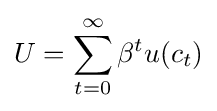
U=\sum _{t=0}^{\infty }\beta ^{t}u(c_{t})